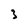
Character: 3